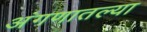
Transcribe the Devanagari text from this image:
अंगणातल्या